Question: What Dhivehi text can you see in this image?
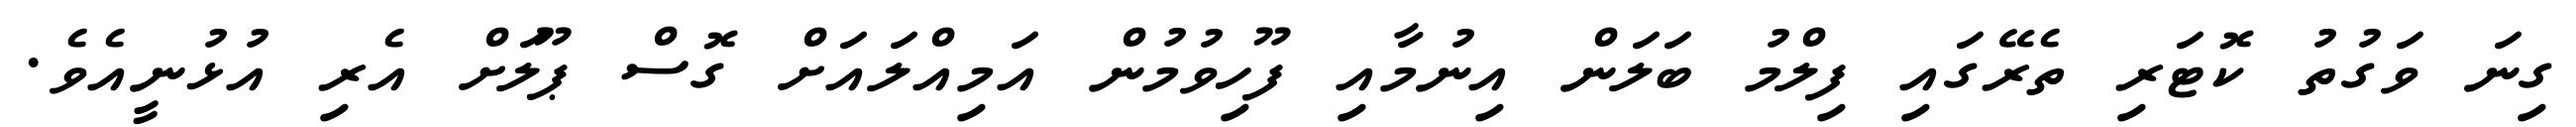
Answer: ގިނަ ވަގުތު ކޮޓަރި ތެރޭގައި ފިލްމު ބަލަން އިނުމާއި ފޫހިވުމުން އަމިއްލައަށް ގޮސް ޕޫލަށް އެރި އުޅުނީއެވެ.